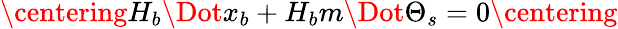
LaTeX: \centering H_{b}\Dot{x_{b}}+H_{b}m\Dot{\Theta_{s}}=0\centering